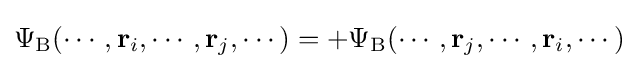
\Psi _{\rm {B}}(\cdots ,\mathbf {r} _{i},\cdots ,\mathbf {r} _{j},\cdots )=+\Psi _{\rm {B}}(\cdots ,\mathbf {r} _{j},\cdots ,\mathbf {r} _{i},\cdots )